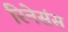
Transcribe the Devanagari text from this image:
रिनेसंस